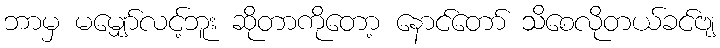
ဘာမှ မမျှော်လင့်ဘူး ဆိုတာကိုတော့ နောင်တော် သိစေလိုတယ်ခင်ဗျ